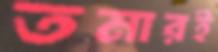
তমারই